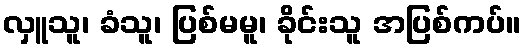
လှူသူ၊ ခံသူ၊ ပြစ်မမူ၊ ခိုင်းသူ အပြစ်ကပ်။